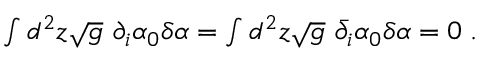
\begin{array} { r } { \int d ^ { 2 } z \sqrt { g } \ \partial _ { i } \alpha _ { 0 } \delta \alpha = \int d ^ { 2 } z \sqrt { g } \ { \bar { \partial } } _ { i } \alpha _ { 0 } \delta \alpha = 0 \; . } \end{array}